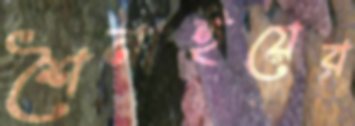
শৈনাইয়ের